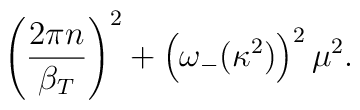
\left(\frac{2\pi n}{\beta_T}\right)^2+\left(\omega_-(\kappa^2)\right)^2\mu^2.